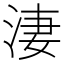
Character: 淒